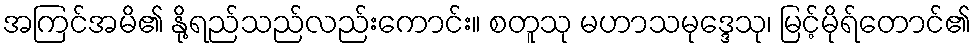
အကြင်အမိ၏ နို့ရည်သည်လည်းကောင်း။ စတူသု မဟာသမုဒ္ဒေသု၊ မြင့်မိုရ်တောင်၏